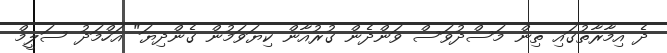
ދެ އިމާރާތުގައި ތިން މަސްދުވަސް ވަންދެން ގުރުއާން ކިޔަވަމުން ގެންދިޔަ" އަހްމަދު ސަލީމް